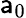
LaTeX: \mathsf{a}_{0}